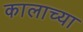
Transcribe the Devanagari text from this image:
कालाच्या